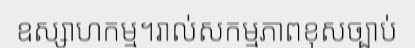
ឧស្សាហកម្ម។រាល់សកម្មភាពខុសច្បាប់